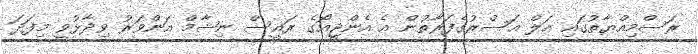
ރަސްމިއްޔާތުގައި އަލް އަސްރުގެފަރާތުން އެ އެންޖީއޯގެ ރައީސް ނިޝާމް އަންވަރު ވިދާޅުވީ މިފަދަ